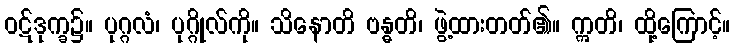
ဝဋ်ဒုက္ခ၌။ ပုဂ္ဂလံ၊ ပုဂ္ဂိုလ်ကို။ သိနောတိ ဗန္ဓတိ၊ ဖွဲ့ထားတတ်၏။ ဣတိ၊ ထို့ကြောင့်။